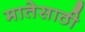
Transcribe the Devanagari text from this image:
मातेसाठी